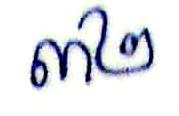
៣២